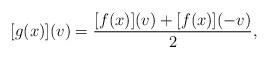
LaTeX: \begin{align*} [g(x)](v) = \frac{[f(x)](v)+[f(x)](-v) }{2}, \end{align*}